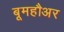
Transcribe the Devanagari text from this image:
बूमहौअर